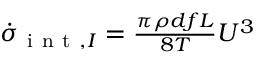
\begin{array} { r } { \dot { \sigma } _ { \mathrm { ~ i ~ n ~ t ~ } , I } = \frac { \pi \rho d f L } { 8 T } { U ^ { 3 } } } \end{array}